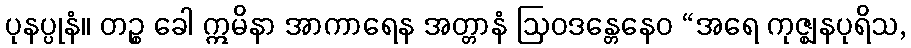
ပုနပ္ပုနံ။ တဉ္စ ခေါ ဣမိနာ အာကာရေန အတ္တာနံ ဩဝဒန္တေနေဝ “အရေ ကုဇ္ဈနပုရိသ,